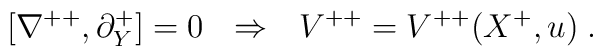
[\nabla^{++}, \partial^+_Y]=0 \ \ \Rightarrow \ \ V^{++}=V^{++}(X^+,u)\; .